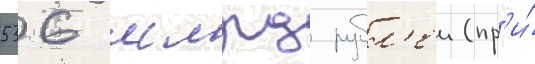
536 млрд рубл'еи (пр'и́